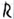
Text: R